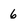
Character: 6